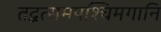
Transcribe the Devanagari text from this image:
तद्वत्समपश्चिमगानि